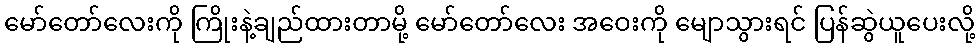
မော်တော်လေးကို ကြိုးနဲ့ချည်ထားတာမို့ မော်တော်လေး အဝေးကို မျောသွားရင် ပြန်ဆွဲယူပေးလို့